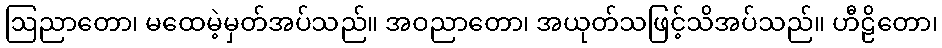
ဩညာတော၊ မထေမဲ့မှတ်အပ်သည်။ အဝညာတော၊ အယုတ်သဖြင့်သိအပ်သည်။ ဟီဠိတော၊